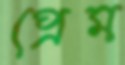
প্রেম